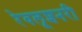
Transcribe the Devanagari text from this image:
रेवलूशनरी